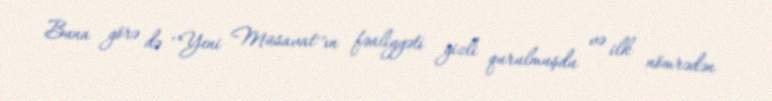
Buna görə də ‘’Yeni Müsavat’’ın fəaliyyəti gizli qurulmuşdu və ilk nömrədən